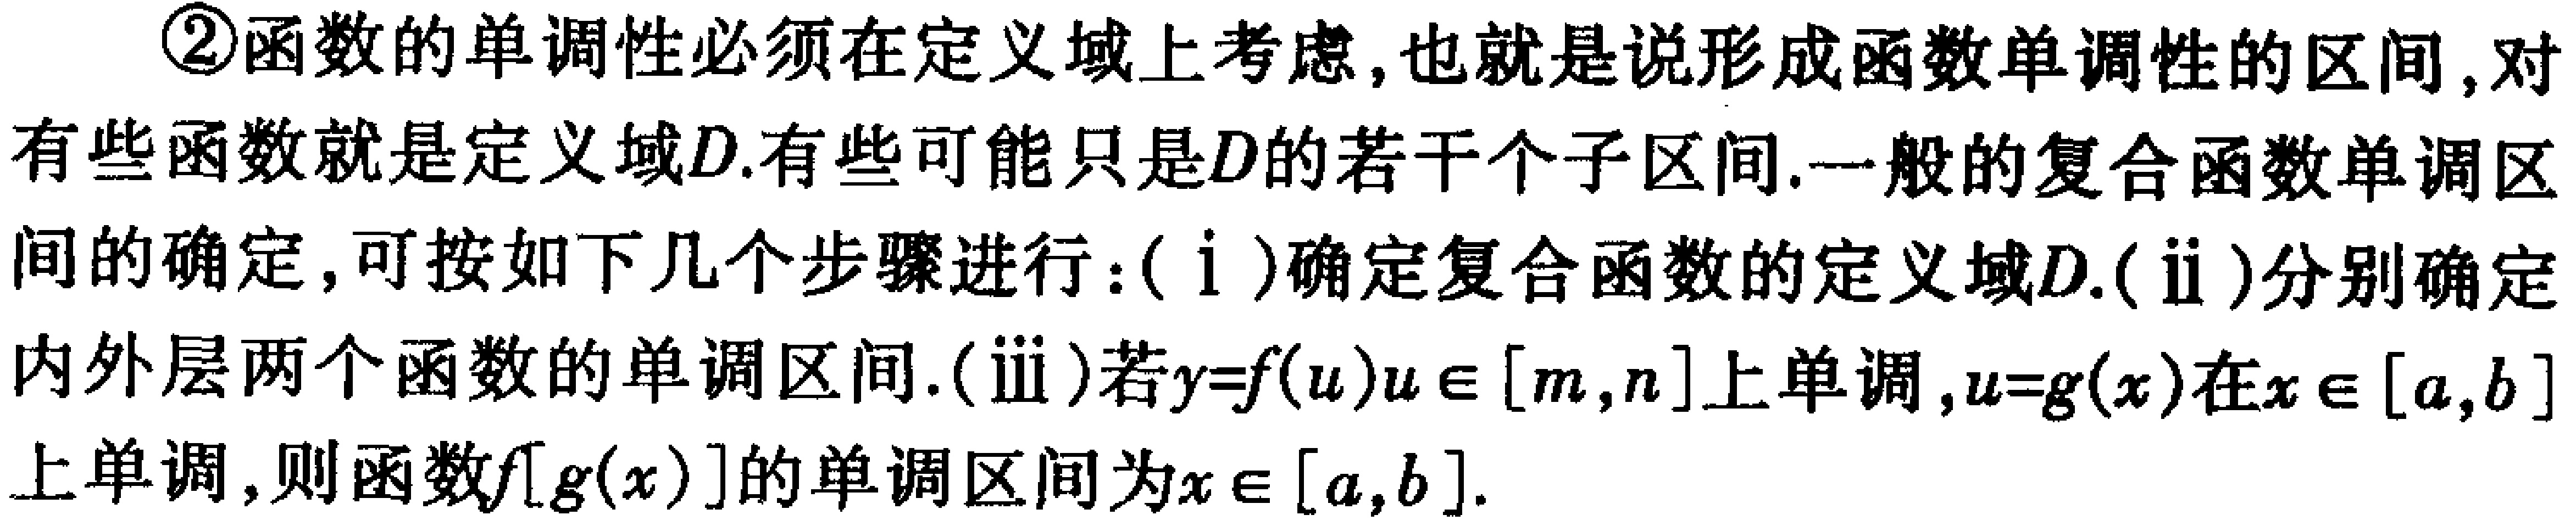
\textcircled{2}函数的单调性必须在定义域上考虑,也就是说形成函数单调性的区间,对有些函数就是定义域\(D\).有些可能只是\(D\)的若干个子区间.一般的复合函数单调区间的确定,可按如下几个步骤进行:(\(i\))确定复合函数的定义域\(D\).(\(ii\))分别确定内外层两个函数的单调区间.(\(iii\))若\(y = f(u)\) \(u\in[m,n]\)上单调,\(u = g(x)\)在\(x\in[a,b]\)上单调,则函数\(f[g(x)]\)的单调区间为\(x\in[a,b]\).